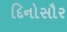
દિનોસૌર